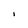
Character: i